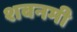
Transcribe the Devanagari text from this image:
शबनमी